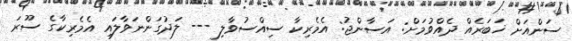
ސަންއަށް ޚަބަރެއް ދެއްވުމަށް: އަސާންޖު: އެމެރިކާ ސިއްސުވާލި --- ލަދުގަންނަވާލައި އެމެރިކާގެ ސޫރަ